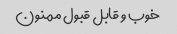
خوب و قابل قبول ممنون